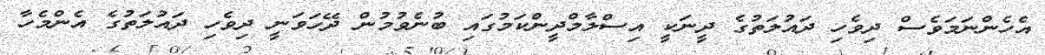
އެހެންނަމަވެސް ދިވެހި ދައުލަތުގެ ދީނަކީ އިސްލާމްދީންކަމުގައި ބުނެވުމުން ދޭހަވަނީ ދިވެހި ދައުލަތުގެ އެންމެހާ